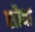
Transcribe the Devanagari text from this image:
सौवा